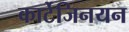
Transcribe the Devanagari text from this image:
कार्टेजिनयन